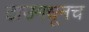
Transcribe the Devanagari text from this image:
टाउमधूनच